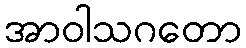
အာဝါသဂတော